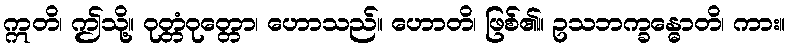
ဣတိ၊ ဤသို့။ ဝုတ္တံဝုတ္တော၊ ဟောသည်။ ဟောတိ၊ ဖြစ်၏။ ဥသဘက္ခန္ဓောတိ၊ ကား။